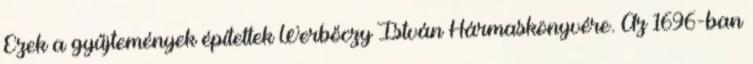
Ezek a gyűjtemények építettek Werbőczy István Hármaskönyvére. Az 1696-ban